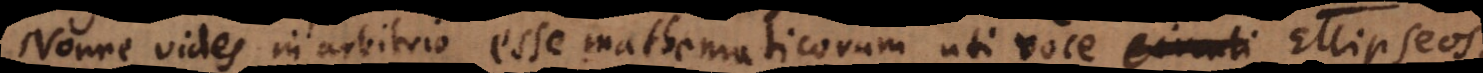
Nonne vides in arbitrio esse mathematicorum uti voce circuli Ellipseos,